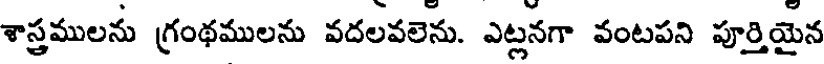
శాస్త్రములను గ్రంథములను వదలవలెను. ఎట్లనగా వంటపని పూర్తియైన